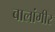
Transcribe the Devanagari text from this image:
बालांगीर